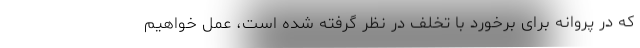
که در پروانه برای برخورد با تخلف در نظر گرفته شده است، عمل خواهیم